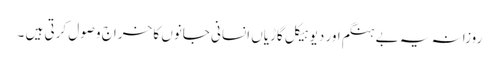
روزانہ یہ بے ہنگم اور دیوہیکل گاڑیاں انسانی جانوں کا خراج وصول کرتی ہیں ۔